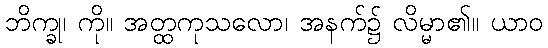
ဘိက္ခု၊ ကို။ အတ္ထကုသလော၊ အနက်၌ လိမ္မာ၏။ ယာဝ